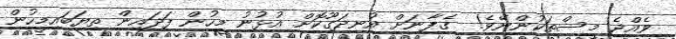
ވެއްޖެ މީސްތަކުންނޭވެ!  ގެފާނަށް އުނދަގޫކޮށް އުޅުނު މީހުން ފަދައިން ތިޔަބައިމީހުން